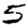
Digit: 5